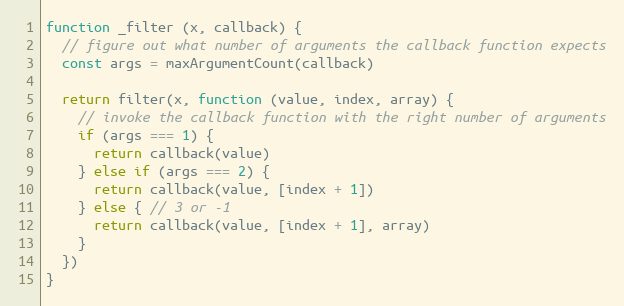
Language: JavaScript
function _filter (x, callback) {
  // figure out what number of arguments the callback function expects
  const args = maxArgumentCount(callback)

  return filter(x, function (value, index, array) {
    // invoke the callback function with the right number of arguments
    if (args === 1) {
      return callback(value)
    } else if (args === 2) {
      return callback(value, [index + 1])
    } else { // 3 or -1
      return callback(value, [index + 1], array)
    }
  })
}